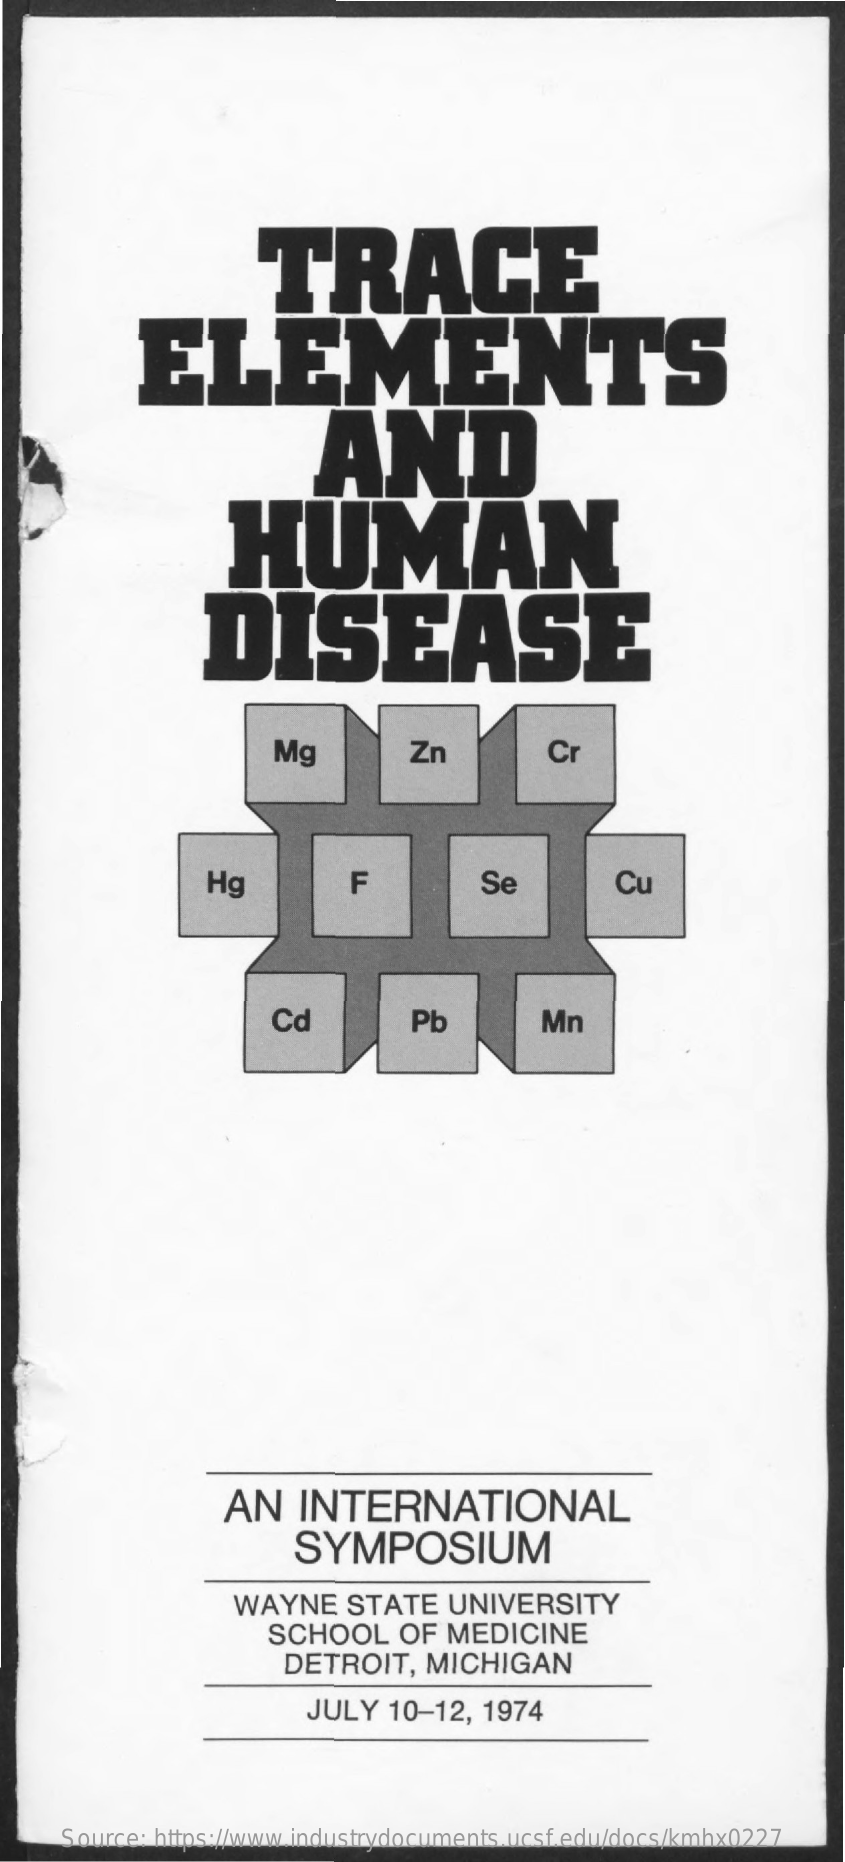
TRACE
     ELEMENTS
     AND
     HUMAN
     DISEASE
     Mg    Zn    Cr
     Hg    F    Se    Cu
     Cd    Pb    Mn
     AN   INTERNATIONAL
     SYMPOSIUM
     WAYNE    STATE   UNIVERSITY
     SCHOOL    OF  MEDICINE
     DETROIT,    MICHIGAN
     JULY   10-12,  1974
     Source: https://www.industrydocuments.ucsf.edu/docs/kmhx0227